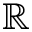
\mathbb { R }